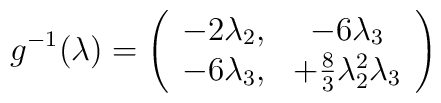
g^{-1}(\lambda) = \left( \begin{array}{cc}- 2 \lambda_2, & -6\lambda_3 \\- 6 \lambda_3, & + \frac 83 \lambda^2_2 \lambda_3 \end{array} \right)